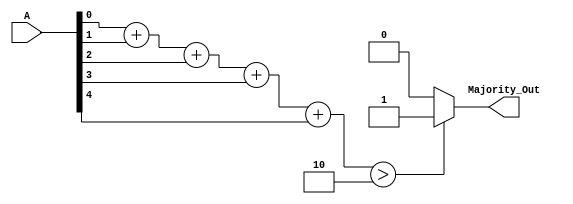
module MajorityVotingDetector (
    input  [4:0] A,           // 5 input signals
    output       Majority_Out  // Majority output
);
    
    // Internal signals to count the number of 1s
    wire [2:0] count; // 3-bit counter for counting 1s
    
    // Count the number of 1s in the input signals
    assign count[0] = A[0] + A[1] + A[2] + A[3] + A[4]; // Count of 1s
    assign count[1] = (count[0] > 2) ? 1 : 0;           // More than 2 ones?
    
    // Majority output logic
    assign Majority_Out = (count[0] > 2) ? 1 : 0;

endmodule